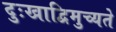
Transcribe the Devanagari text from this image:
दुःखाद्विमुच्यते